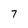
Character: 7